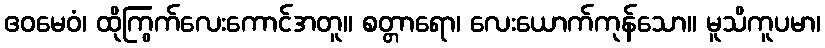
ဧဝမေဝံ၊ ထိုကြွက်လေးကောင်အတူ။ စတ္တာရော၊ လေးယောက်ကုန်သော။ မူသိကူပမာ၊